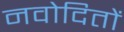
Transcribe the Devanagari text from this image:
नवोदितों